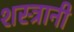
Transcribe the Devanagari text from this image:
शस्त्रानी